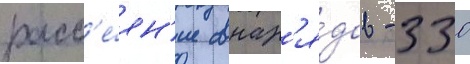
расс'е́ян'ие снар'я́дов - 330